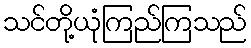
သင်တို့ယုံကြည်ကြသည်